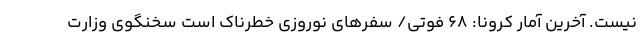
نیست. آخرین آمار کرونا: 68 فوتی/ سفرهای نوروزی خطرناک است سخنگوی وزارت